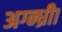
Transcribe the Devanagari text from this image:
अग्न्ध्रीा